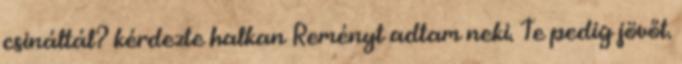
csináltál? kérdezte halkan Reményt adtam neki. Te pedig jövőt.